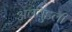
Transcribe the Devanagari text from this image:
अलवुडली